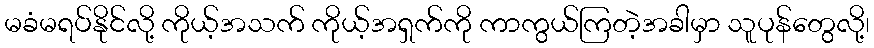
မခံမရပ်နိုင်လို့ ကိုယ့်အသက် ကိုယ့်အရှက်ကို ကာကွယ်ကြတဲ့အခါမှာ သူပုန်တွေလို့၊